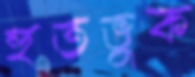
হুতভুক